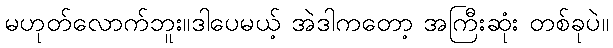
မဟုတ်လောက်ဘူး။ဒါပေမယ့် အဲဒါကတော့ အကြီးဆုံး တစ်ခုပဲ။